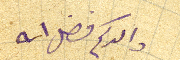
والدكم فضل الله